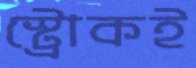
স্ট্রোকই